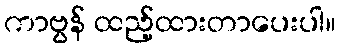
ကာဗွန် ထည့်ထားတာပေးပါ။